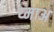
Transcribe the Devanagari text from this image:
य्माअ